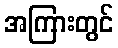
အကြားတွင်